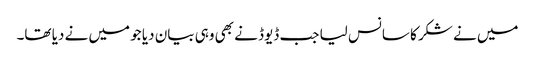
میں نے شکر کا سانس لیا جب ڈیوڈ نے بھی وہی بیان دیا جو میں نے دیا تھا۔